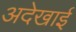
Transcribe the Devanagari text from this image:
अदेखाई